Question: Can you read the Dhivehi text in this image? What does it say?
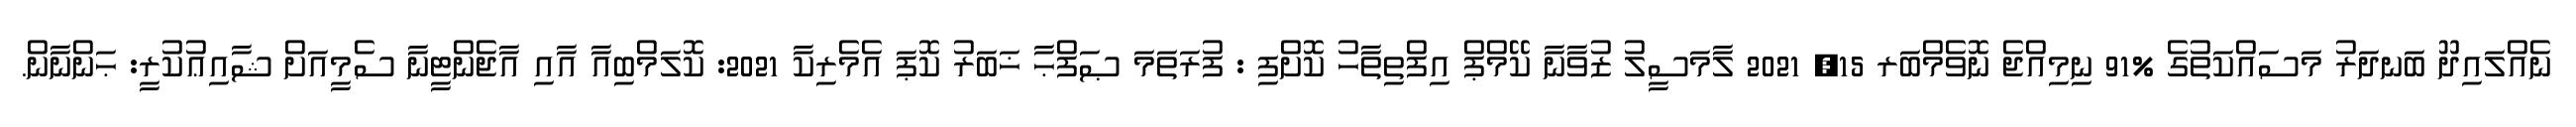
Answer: ނެއްލައިދޫ ބަނދަރު މަސައްކަތުގެ %91 ނިމިއްޖެ ނޮވެމްބަރ 15, 2021 ލާމަސީލު ޒުވާނާ ކޭމްޕް އިފްތިތާހު ކޮށްފި : ފުރަތަމަ ޞަފްޙާ ޚަބަރު ކޮޕަ އެމެރިކާ 2021: ކޮލަމްބިއާ އާއި އާޖެންޓީނާ ސެމީއަށް ޝާއިޢުކުރީ: ޙަންނާން.